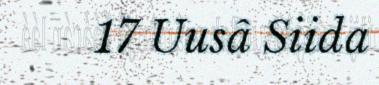
17 Uusâ Siida